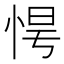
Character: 𢚹